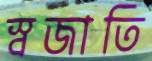
স্বজাতি